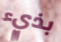
بذيء